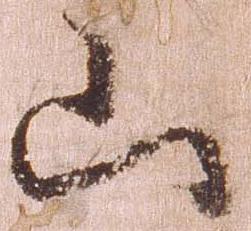
山